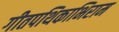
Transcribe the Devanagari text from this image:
गीतपथिकाभिराम